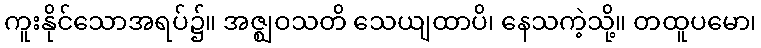
ကူးနိုင်သောအရပ်၌။ အဇ္ဈဝသတိ သေယျထာပိ၊ နေသကဲ့သို့။ တထူပမော၊